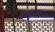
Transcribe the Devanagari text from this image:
वळन्या